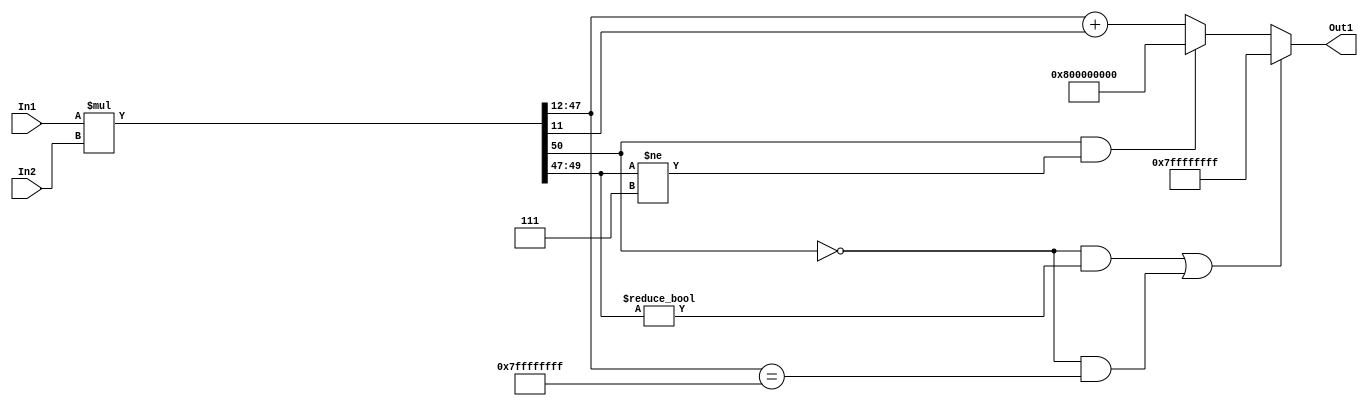
// -------------------------------------------------------------
// 
// 
// Generated by MATLAB 9.14 and HDL Coder 4.1
// 
// -------------------------------------------------------------


// -------------------------------------------------------------
// 
// Module: multa8_block1
// Source Path: FP_sub/fp model/IIR_section_3/multa8
// Hierarchy Level: 2
// 
// -------------------------------------------------------------

`timescale 1 ns / 1 ns

module multa8_block1
          (In2,
           In1,
           Out1);


  input   signed [14:0] In2;  // sfix15_En11
  input   signed [35:0] In1;  // sfix36_En27
  output  signed [35:0] Out1;  // sfix36_En26


  wire signed [50:0] multa8_mul_temp;  // sfix51_En38
  wire signed [35:0] multa8_out1;  // sfix36_En26


  assign multa8_mul_temp = In1 * In2;
  assign multa8_out1 = (((multa8_mul_temp[50] == 1'b0) && (multa8_mul_temp[49:47] != 3'b000)) || ((multa8_mul_temp[50] == 1'b0) && (multa8_mul_temp[47:12] == 36'sh7FFFFFFFF)) ? 36'sh7FFFFFFFF :
              ((multa8_mul_temp[50] == 1'b1) && (multa8_mul_temp[49:47] != 3'b111) ? 36'sh800000000 :
              multa8_mul_temp[47:12] + $signed({1'b0, multa8_mul_temp[11]})));



  assign Out1 = multa8_out1;

endmodule  // multa8_block1